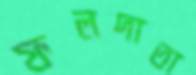
ফলদাতা